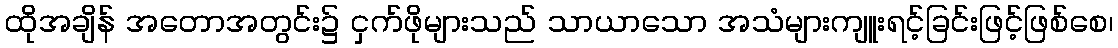
ထိုအချိန် အတောအတွင်း၌ ငှက်ဖိုများသည် သာယာသော အသံများကျူးရင့်ခြင်းဖြင့်ဖြစ်စေ၊